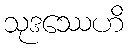
သုဒဿေဟိ